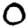
Digit: 0